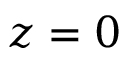
z = 0